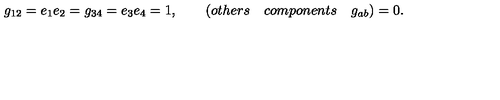
g _ { 1 2 } = e _ { 1 } e _ { 2 } = g _ { 3 4 } = e _ { 3 } e _ { 4 } = 1 , \qquad ( o t h e r s \quad c o m p o n e n t s \quad g _ { a b } ) = 0 .